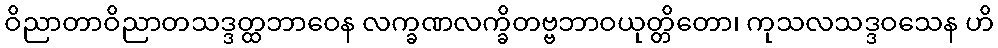
ဝိညာတာဝိညာတသဒ္ဒတ္ထဘာဝေန လက္ခဏလက္ခိတဗ္ဗဘာဝယုတ္တိတော၊ ကုသလသဒ္ဒဝသေန ဟိ